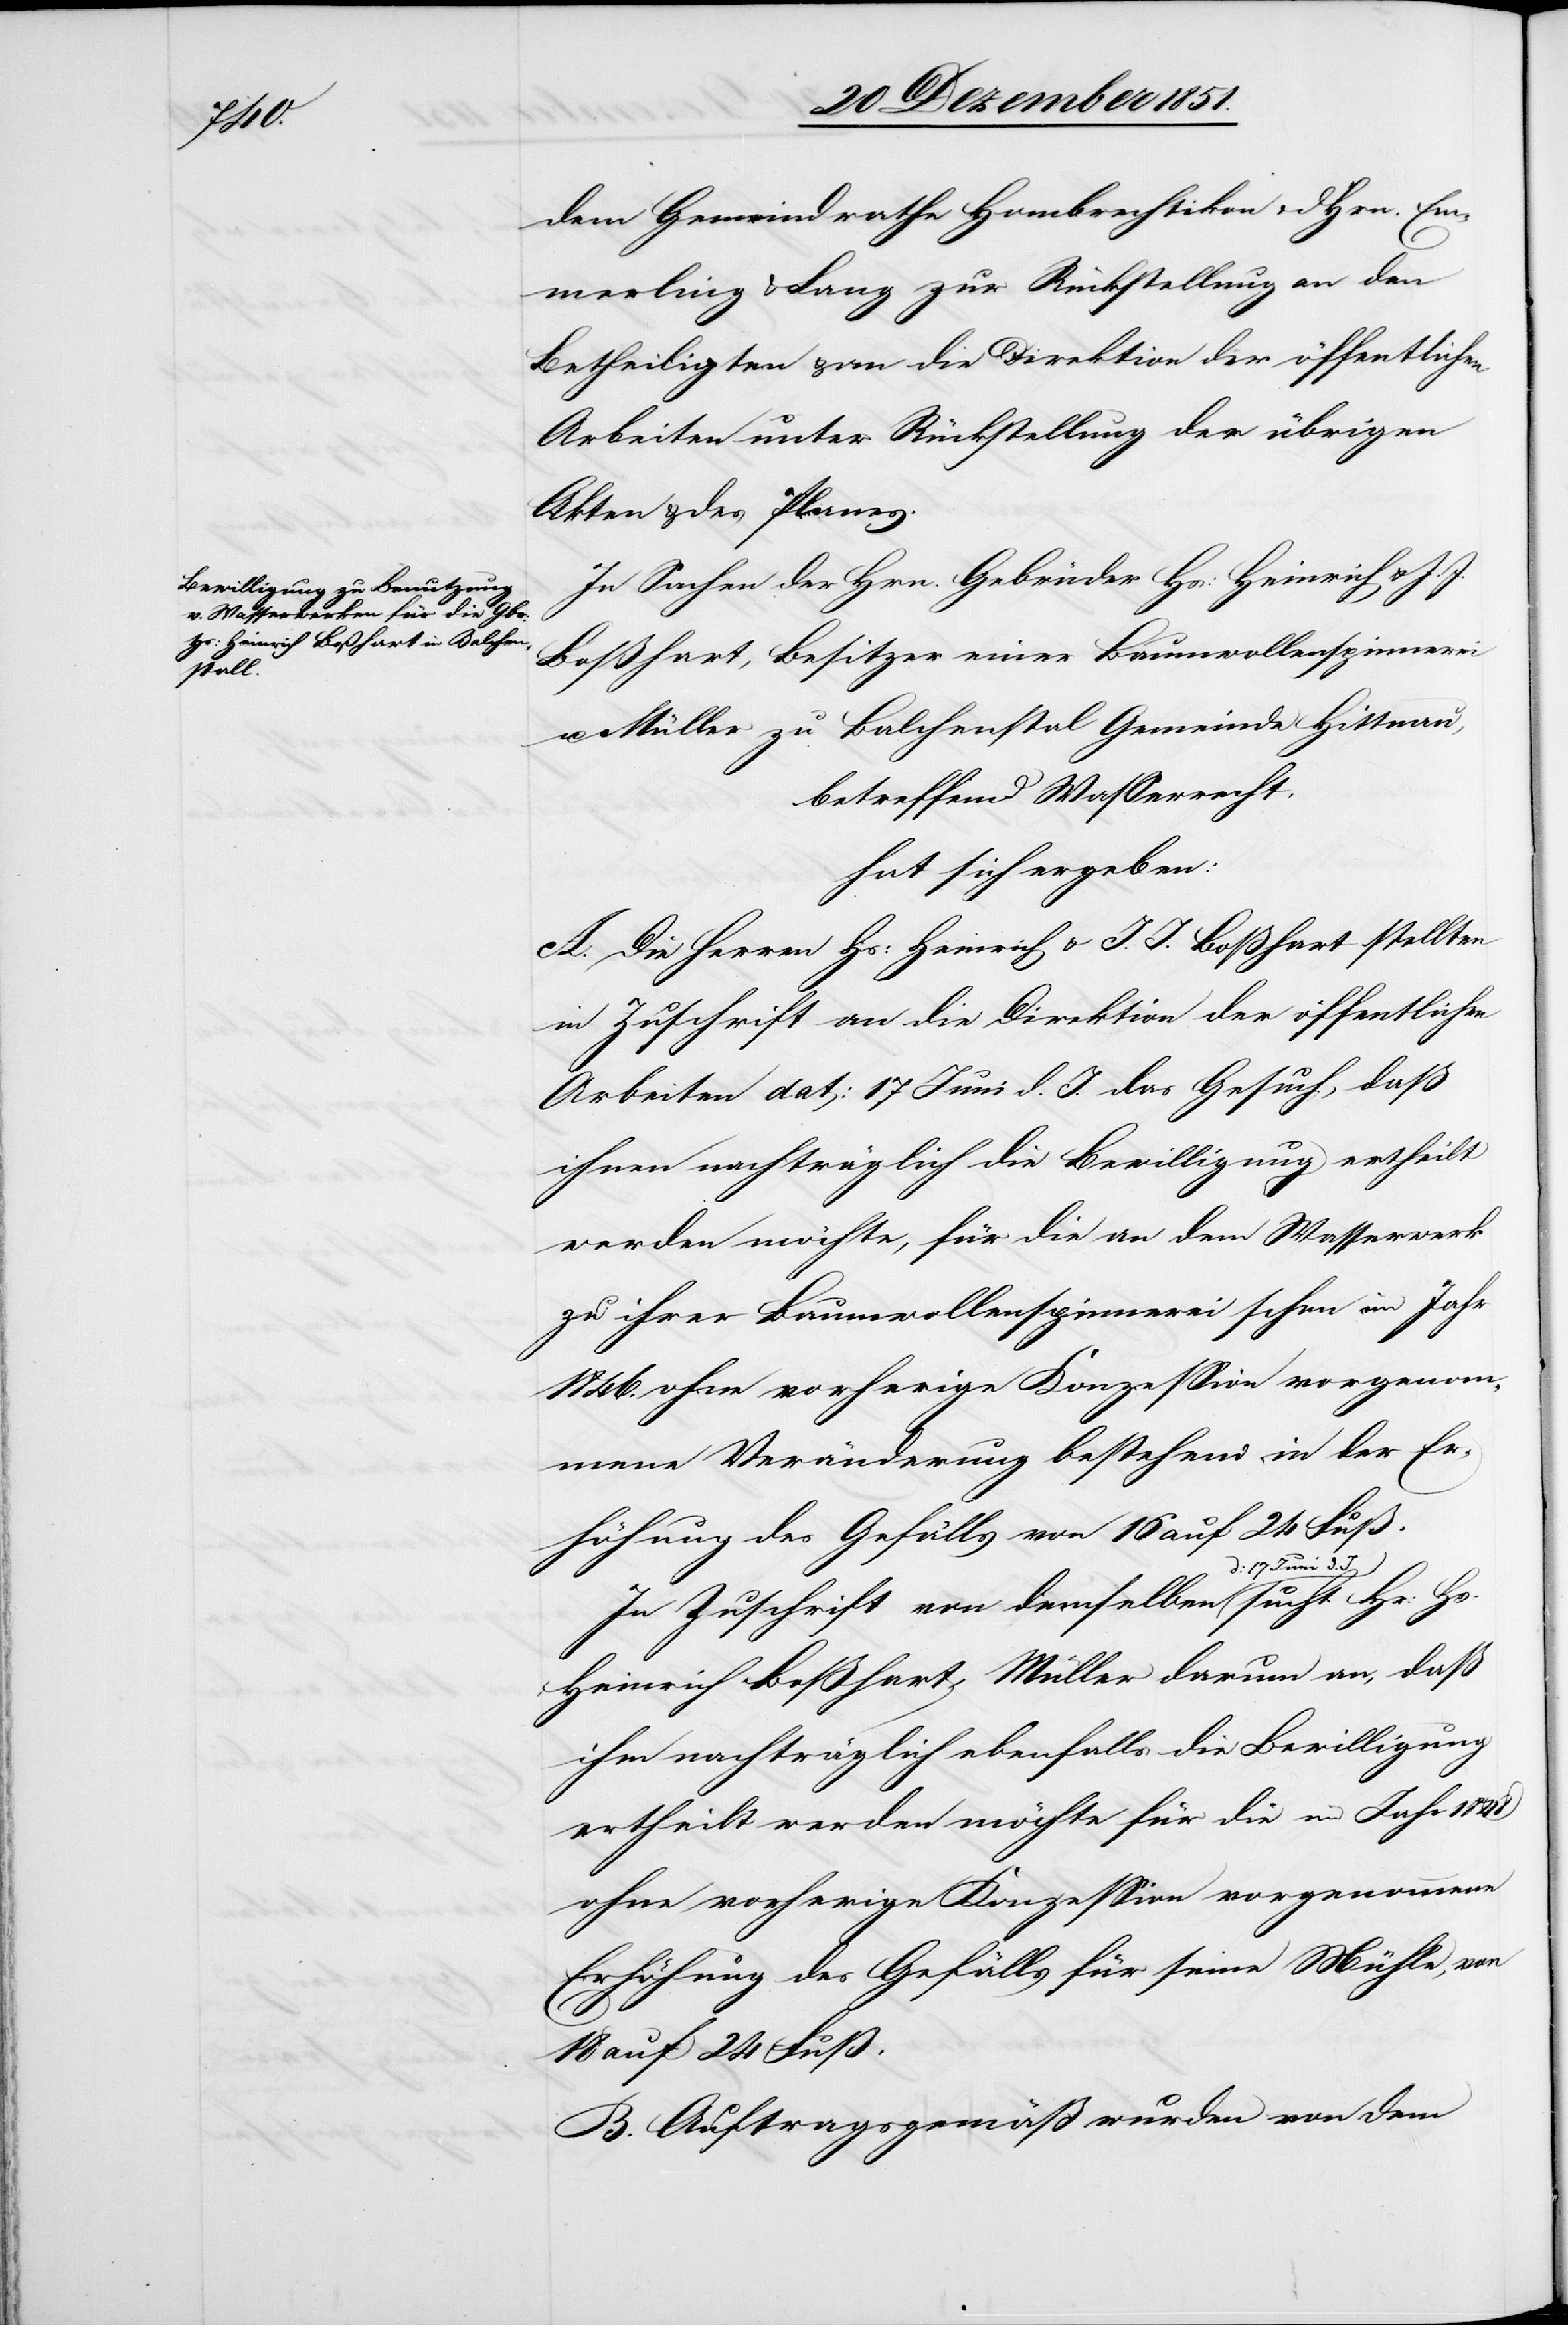
1848

dem Gemeindrathe Hombrechtikon & d. Hrn. Em¬
merling & Lang zur Rückstellung an den
Betheiligten & an die Direktion der öffentlichen
Arbeiten unter Rückstellung der übrigen
Akten & des Planes.
In Sachen der Hrn. Gebrüder Hs: Heinrich & J. J.
Boßhart, Besitzer einer Baumwollenspinnerei
u. Müller zu Balchenstal Gemeinde Hittnau,
betreffend Wasserrecht,
hat sich ergeben:
A. Die Herren Hs: Heinrich & J. J. Boßhart stellten
in Zuschrift an die Direktion der öffentlichen
Arbeiten dat: 17 Juni d. J. das Gesuch, daß
ihnen nachträglich die Bewilligung ertheilt
werden möchte, für die an dem Wasserwerk
zu ihrer Baumwollenspinnerei schon im Jahr
1846. ohne vorherige Konzession vorgenom¬
mene Veränderung bestehend in der Er¬
höhung des Gefälls von 16 auf 24 Fuß.
In Zuschrift von demselben d: 17 Juni d.
Heinrich Boßhart, Müller darum an, daß
ihm nachträglich ebenfalls die Bewilligung
ertheilt werden möchte für die im Jahr
ohne vorherige Konzession vorgenommene
Erhöhung des Gefälls für seine Mühle, von
18 auf 24 Fuß.
B. Auftragsgemäß wurden von dem